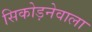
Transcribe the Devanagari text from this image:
सिकोड़नेवाला